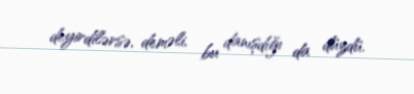
deyirdilərsə, deməli, bu danışdığı da düzdü.